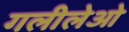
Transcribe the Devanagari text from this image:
गलीलेओ